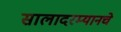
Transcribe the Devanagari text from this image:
सालादरम्यानचे